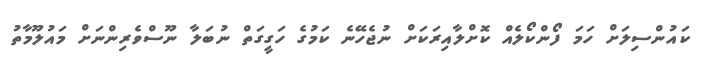
ކައުންސިލަށް ހަމަ ފޯންކޯލެއް ކޮށްލާއިރަކަށް ނުޖެހޭނެ ކަމުގެ ހަގީގަތް ނުބަލާ ނޫސްވެރިންނަށް މައުލޫމާތު